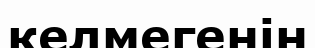
келмегенін